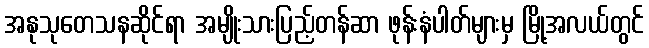
အနုသုတေသနဆိုင်ရာ အမျိုးသားပြည့်တန်ဆာ ဖုန်းနံပါတ်များမှ မြို့အလယ်တွင်